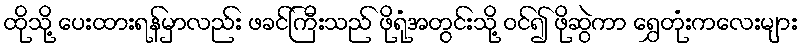
ထိုသို့ ပေးထားရန်မှာလည်း ဖခင်ကြီးသည် ဖိုရုံအတွင်းသို့ ဝင်၍ ဖိုဆွဲကာ ရွှေတုံးကလေးများ